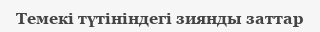
Темекі түтініндегі зиянды заттар